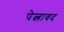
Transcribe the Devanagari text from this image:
पेत्लावद